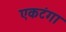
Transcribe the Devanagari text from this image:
एकटंगा